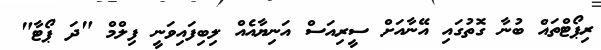
ރިޕޯޓްތައް ބުނާ ގޮތުގައި އޭނާއަށް ސީރިއަސް އަނިޔާއެއް ލިބިފައިވަނީ ފިލްމް "ދަ ޕޯޓާ"